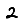
Digit: 2